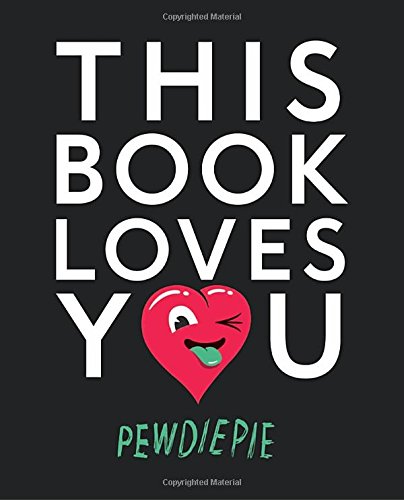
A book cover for This Book Loves You; PewDiePie; Humor & Entertainment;